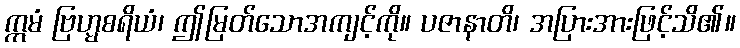
ဣမံ ဗြဟ္မစရိယံ၊ ဤမြတ်သောအကျင့်ကို။ ပဇာနာတိ၊ အပြားအားဖြင့်သိ၏။